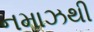
નમાઝથી